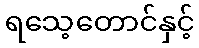
ရသေ့တောင်နှင့်